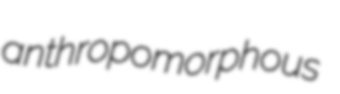
anthropomorphous